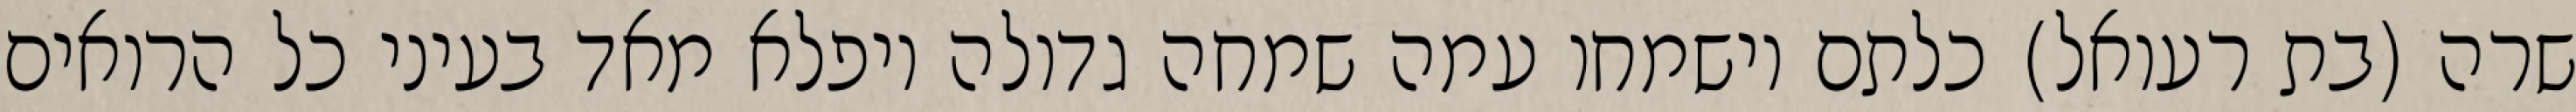
שרה (בת רעואל) כלתם וישמחו עמה שמחה גדולה ויפלא מאד בעיני כל הרואים